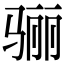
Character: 骊